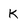
Character: K